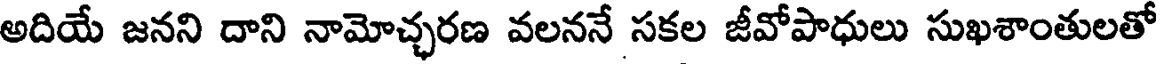
అదియే జనని దాని నామోచ్ఛరణ వలననే సకల జీవోపాధులు సుఖశాంతులతో